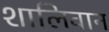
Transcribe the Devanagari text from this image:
शालिवान